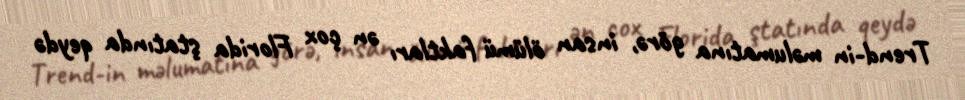
Trend-in məlumatına görə, insan ölümü faktları ən çox Florida ştatında qeydə